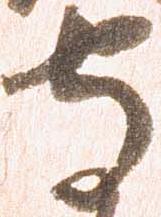
守